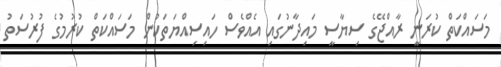
މަސައްކަތް ކުރަނީ ރާއްޖޭގެ ސިޔާސީ މައިދާނުގައި އެއްވެސް ހައިސިއްޔަތަކުން މަސައްކަތް ކުރުމުގެ ފުރުސަތު